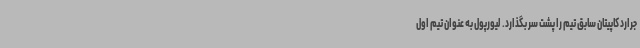
جرارد کاپیتان سابق تیم را پشت سر بگذارد. لیورپول به عنوان تیم اول